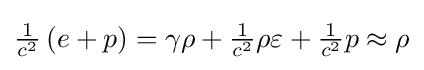
{\textstyle {\frac {1}{c^{2}}}\left(e+p\right)=\gamma \rho +{\frac {1}{c^{2}}}\rho \varepsilon +{\frac {1}{c^{2}}}p\approx \rho }